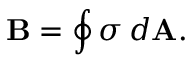
\mathbf { B } = \oint \sigma \, d \mathbf { A } .